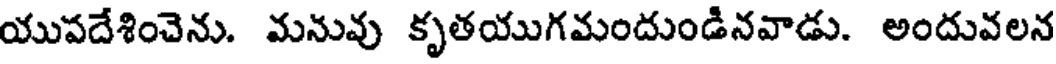
యుపదేశించెను. మనువు కృతయుగమందుండినవాడు. అందువలన